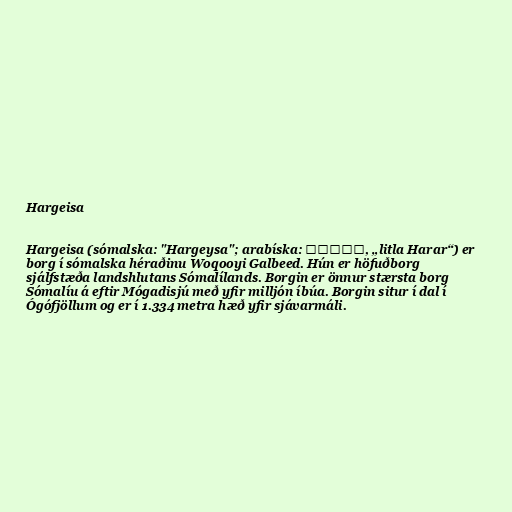
Hargeisa

Hargeisa (sómalska: "Hargeysa"; arabíska: رجيسا‎, „litla Harar“) er
borg í sómalska héraðinu Woqooyi Galbeed. Hún er höfuðborg
sjálfstæða landshlutans Sómalílands. Borgin er önnur stærsta borg
Sómalíu á eftir Mógadisjú með yfir milljón íbúa. Borgin situr í dal í
Ógófjöllum og er í 1.334 metra hæð yfir sjávarmáli.